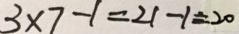
3 \times 7 - 1 = 2 1 - 1 = 2 0